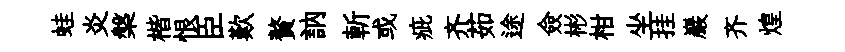
蛙炎槃楷恨臣歎贅訥斬或疵齐茹途僉彬柑坐挂巖齐煌